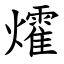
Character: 㸌